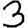
Digit: 3